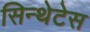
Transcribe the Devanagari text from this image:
सिन्थेटेस